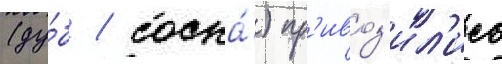
(ду́б / сосна́) пр'ивоз'ил'ись